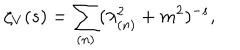
LaTeX: \zeta _ { V } ( s ) = \sum _ { ( n ) } ( \lambda _ { ( n ) } ^ { 2 } + m ^ { 2 } ) ^ { - s } ,